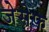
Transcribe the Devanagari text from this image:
जेसेफ